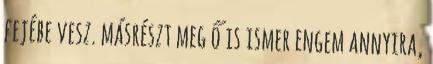
fejébe vesz. másrészt meg ő is ismer engem annyira,